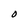
Character: O